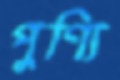
পুণ্যি